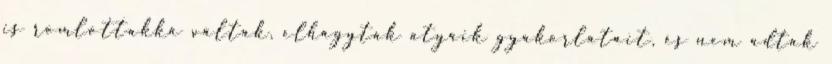
is romlottakká váltak, elhagyták atyáik gyakorlatait, és nem adtak